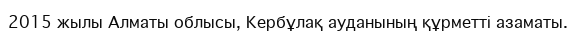
2015 жылы Алматы облысы, Кербұлақ ауданының құрметті азаматы.